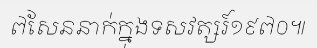
៧សែននាក់ក្នុងទសវត្សរ៍១៩៧០៕